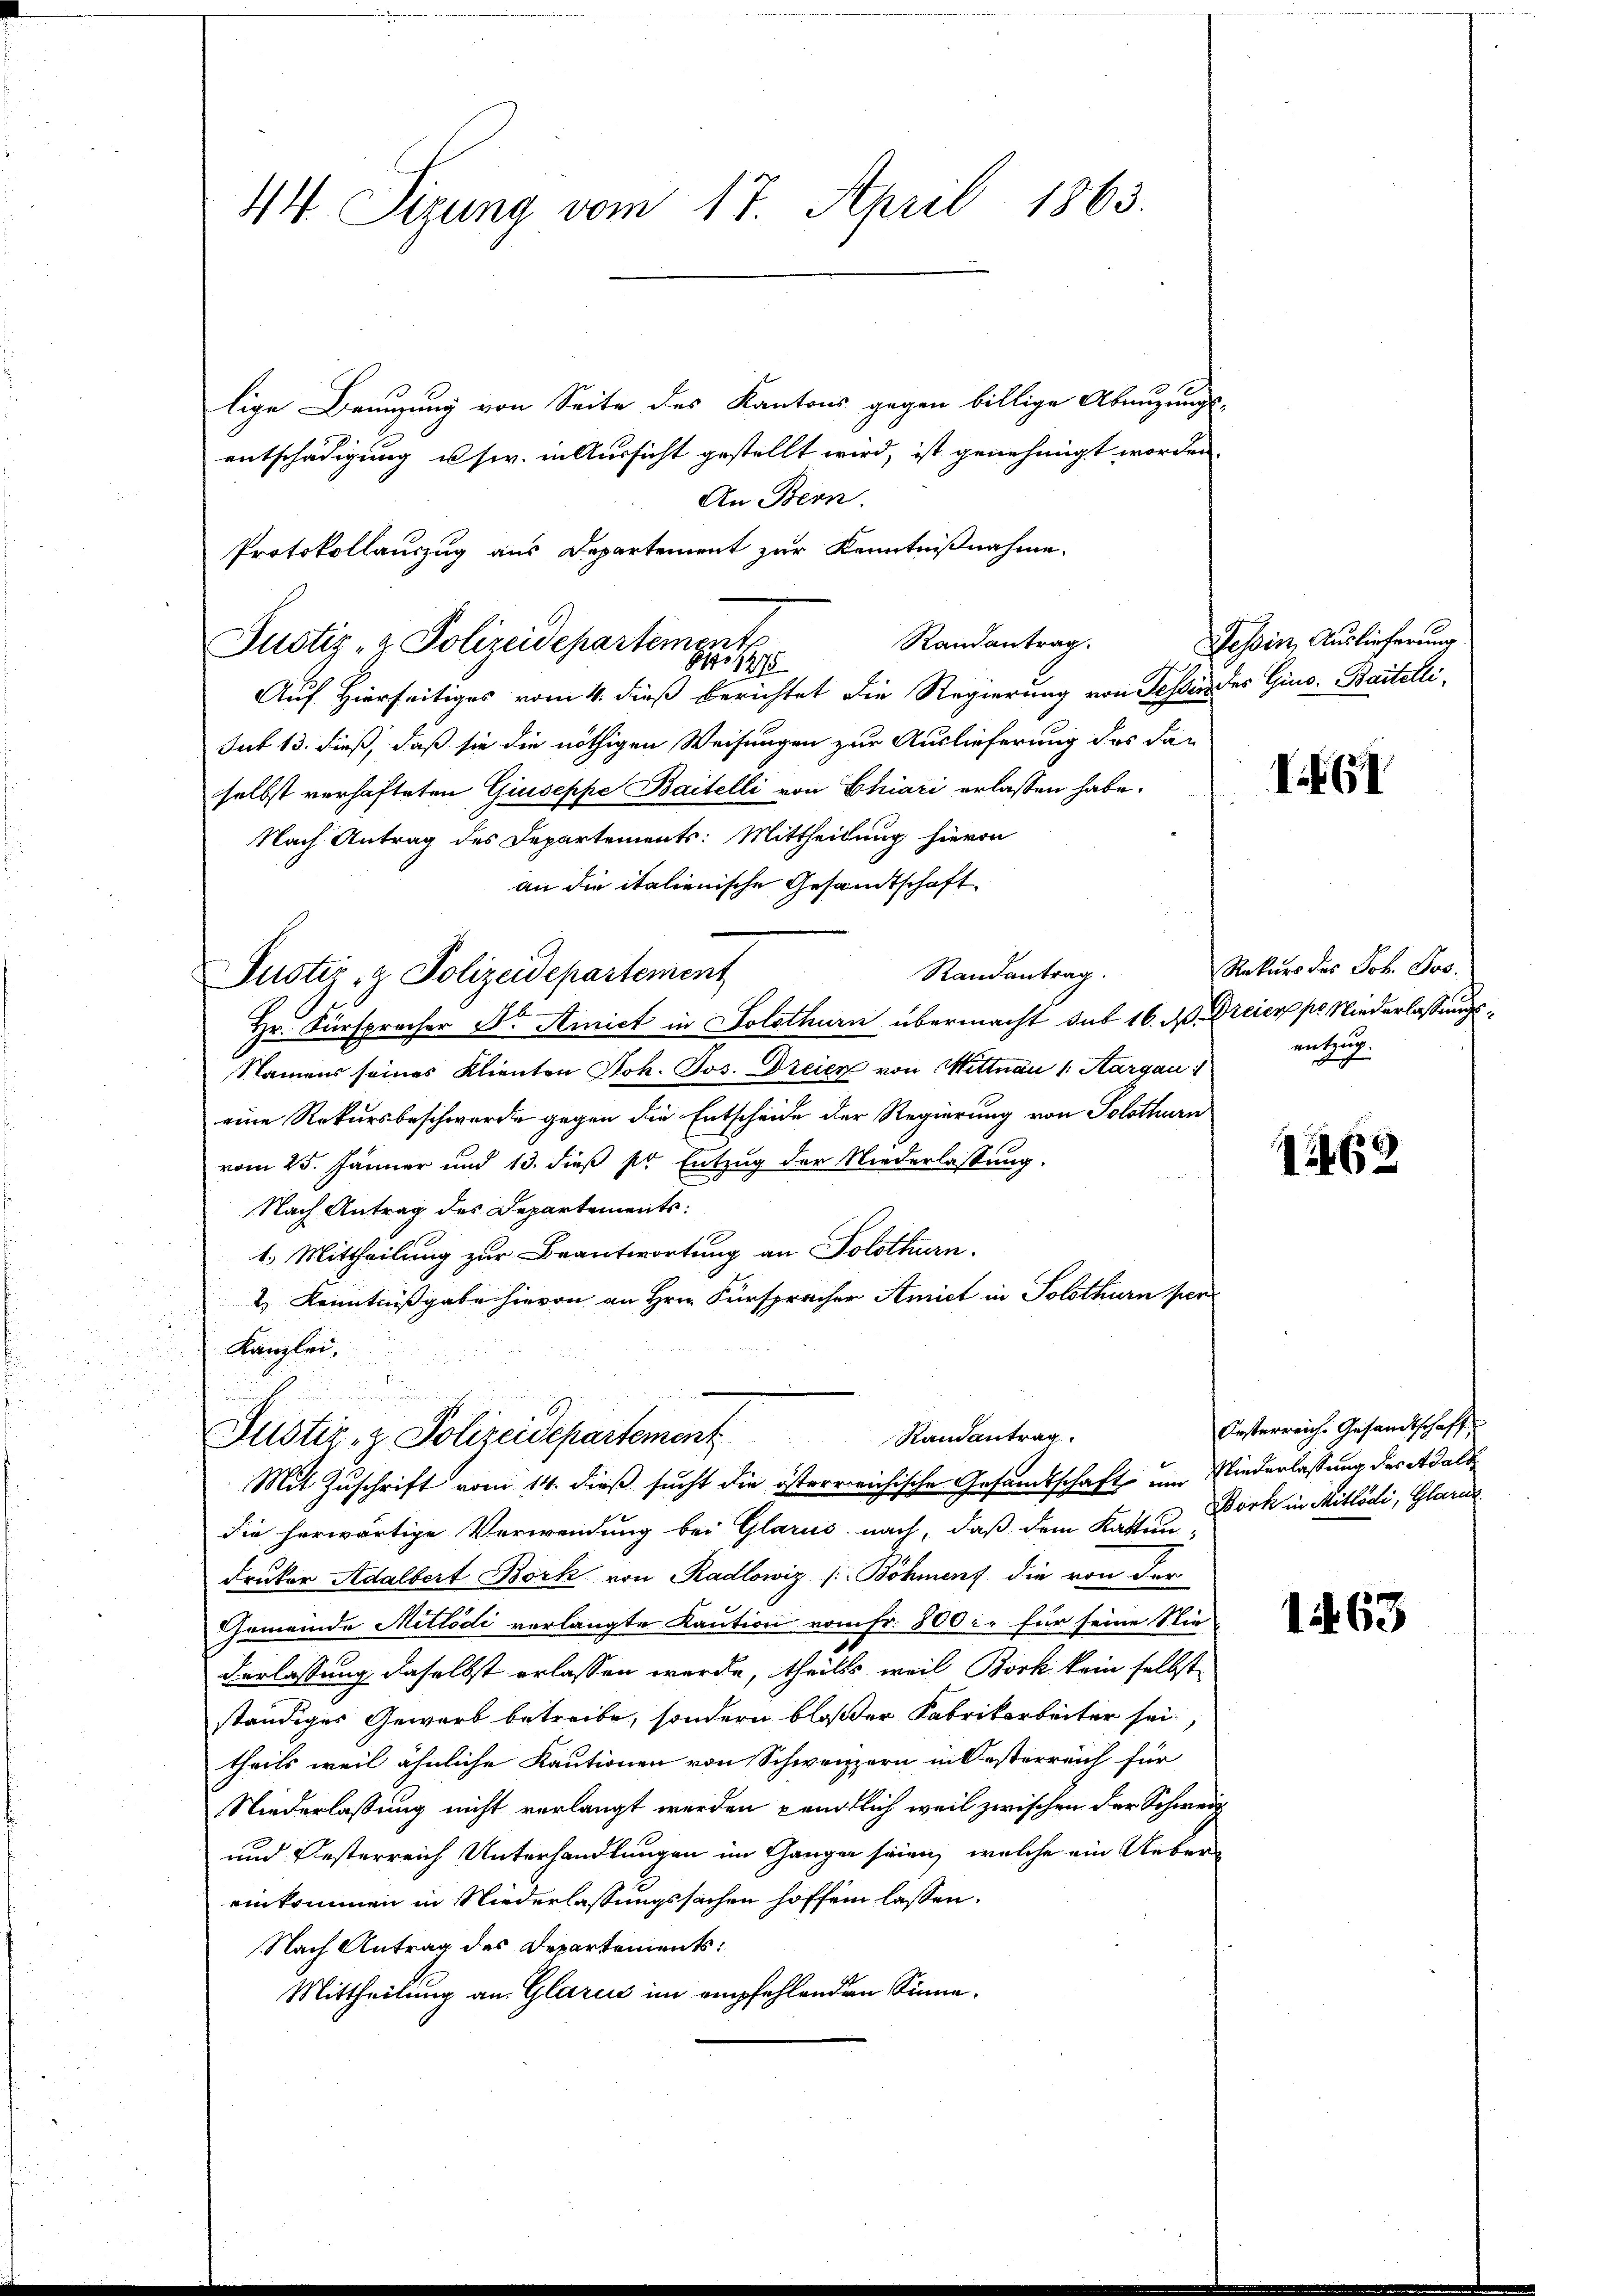
44 Sizung vom 17. April 1863.

lige Benuzung von Seite des Kantons gegen billige Abnuzungs-
entschädigung usw. in Aussicht gestellt wird, ist genehmigt worden.
An Bern.
Protokollauszug aus Departement zur Kenntnißnahme.
Randantrag.
Justiz- & Polizeidepartement
Auf Hierseitiges vom 4. dieß berichtet die Regierung von Tessin des Gins. Baitelli¬
Sut 13. dieß, daß sie die nöthigen Weisungen zur Auslieferung des dan
selbst verhafteten Giuseppe Baitelli von Chiari erlassen habe.
Nach Antrag des Departements: Mittheilung hievon
an die italienische Gesamtschaft.
Randantrag.
Justiz- & Polizeidepartement
Hr. Fürspracher Dr. Amict in Solothurn übermacht sub 16. A. Dreier pr. Niederlassungs¬
Namens seines Klienten Joh. Jos. Dreier von Wittnau 1. Aargau
eine Rekursbeschwerde gegen die Entscheide der Regierung von Solothurn
vom 25. Jänner und 13. dieß pr Entzug der Niederlassung.
Nach Antrag des Departements
1.) Mittheilung zur Beantwortung an Solothurn.
2) Kenntnißgabe hievon an Hrn. Fürspracher Amict in Solothurn per
Kanzlei.
unricht, und minderung

Justiz- & Polizeidepartement

Randantrag
Mit Zuschrift vom 14. dieß sucht die österreichische Gesandtschaft ein Niederlassung des Adalb

die herwärtige Verwendung bei Glarus nach, daß dem Kattun-
druker Adalbert Bork von Radlowiz (Böhmens die von der
Gemeinde Millodi verlangte Kaution vom Fr. 800 c. für seine Nie-
derlassung daselbst erlassen werde, theils weil Bock kein selbst
ständiges Gewerb betreibe, sondern bloßer Fabrikarbeiter sei,
theils weil ähnliche Kautionen von Schweizern in Oesterreich für
Niederlassung nicht verlangt werden pendtlich weil zwischen der Schweiz
und Oesterreich Unterhandlungen im Gangen seien, welche ein Uebereinkommen in Niederlassungssachen hoffen lassen.
Nach Antrag des Departements:
Mittheilung an Glarus im empfehlenden Sinne,

Tessin, Auslieferung

61

Rekurs des Joh. Jos.
entzug.

.469

Oesterreiche Gesandtschaft
Bork in Mitlödi, Glarus

1463